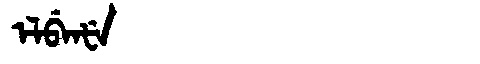
Manchu: ᡝᠯᠪᡝᠨᡶᡝ
Romanization: ELBENFE